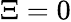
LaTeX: \Xi=0